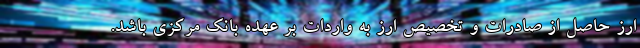
ارز حاصل از صادرات و تخصیص ارز به واردات بر عهده بانک مرکزی باشد.